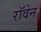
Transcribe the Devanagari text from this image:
रॉवेन